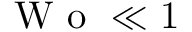
\mathrm { ~ W ~ o ~ } \ll 1